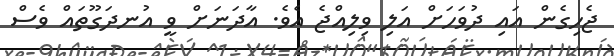
ޖެހިގެން އައި ދުވަހަށް އަލި ވިލިއްޖެ އެވެ. އާދަނަށް ވީ އުނދަގޫތައް ވެސް